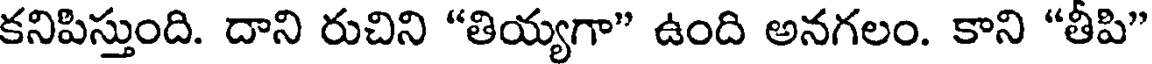
కనిపిస్తుంది. దాని రుచిని "తియ్యగా" ఉంది అనగలం. కాని "తీపి"